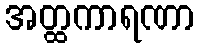
အတ္ထကာရဏာ